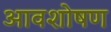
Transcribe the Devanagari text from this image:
आवशोषण